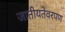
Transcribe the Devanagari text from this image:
जातीयतेवरपण